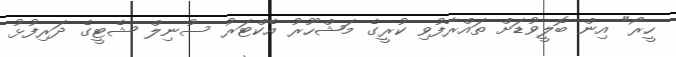
ހީރޯ" އިން ބޮލީވުޑަށް ތައްރާފުވި ކުރީގެ މަޝްހޫރު އެކްޓަރު ސުނިލް ޝެޓީގެ ދަރިފުޅު